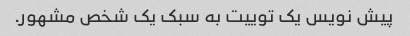
پیش نویس یک توییت به سبک یک شخص مشهور.